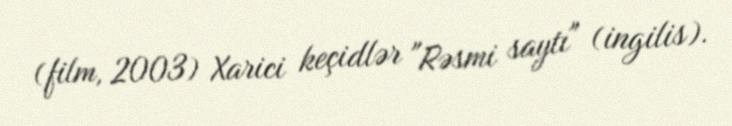
(film, 2003) Xarici keçidlər "Rəsmi saytı" (ingilis).